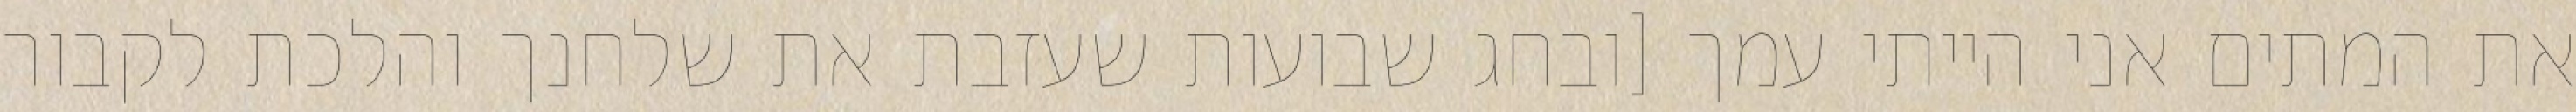
את המתים אני הייתי עמך [ובחג שבועות שעזבת את שלחנך והלכת לקבור